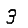
Digit: 3